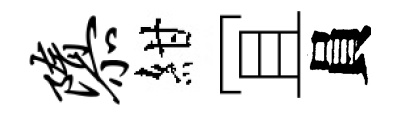
隳紺冝員